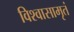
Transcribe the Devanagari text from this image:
विश्वासामृतं